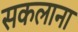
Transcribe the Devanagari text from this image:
सकलाना